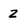
Character: Z